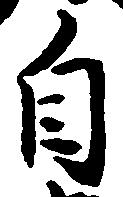
自